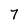
Character: 7